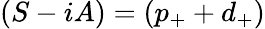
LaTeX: (S-iA)=(p_{+}+d_{+})